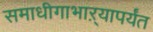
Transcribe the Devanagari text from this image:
समाधीगाभाऱ्यापर्यंत